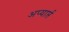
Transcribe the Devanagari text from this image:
अप्यार्प्त